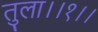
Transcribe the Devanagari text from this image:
तुला।।१।।